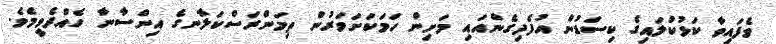
ވެފައިވާ ކަޅުކުލައިގެ ކިސަޑުން އުފެދިގެންއައި މަށިން ހަމަކަށަވަރުން ތިމަންރަސްކަލާނގެ އިންސާނާ ހެއްދެވީމެވެ.